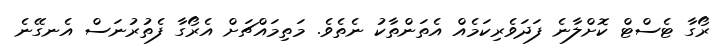
ރޯގާ ޓެސްޓް ކޮށްލާނެ ފަދަވެރިކަމެއް އެތަންތާކު ނެތެވެ. މަތިމައްޗަށް އެރޯގާ ފެތުރުނަސް އެނގޭނެ